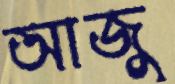
আজু